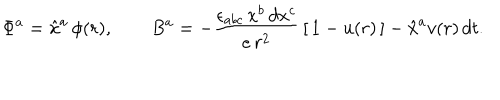
LaTeX: \Phi ^ { a } = \hat { x } ^ { a } \, \phi ( r ) , \qquad B ^ { a } = - \frac { \epsilon _ { a b c } \, x ^ { b } \, d x ^ { c } } { e \, r ^ { 2 } } \, [ \, 1 - u ( r ) \, ] - \hat { x } ^ { a } v ( r ) \, d t .